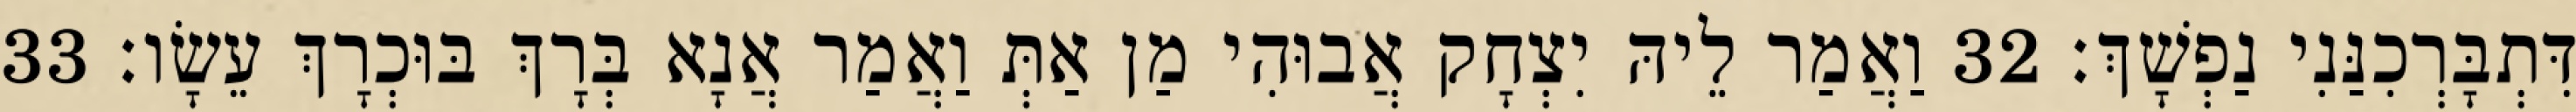
דִּתְבָּרְכִנַּנִי נַפְשָׁךְ׃ 32 וַאֲמַר לֵיהּ יִצְחָק אֲבוּהִי מַן אַתְּ וַאֲמַר אֲנָא בְּרָךְ בּוּכְרָךְ עֵשָׂו׃ 33